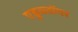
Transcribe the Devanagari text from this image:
एडुव्लॉगर